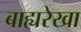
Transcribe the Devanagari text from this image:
बाह्यरेखा